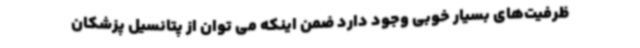
ظرفیت‌های بسیار خوبی وجود دارد ضمن اینکه می توان از پتانسیل پزشکان